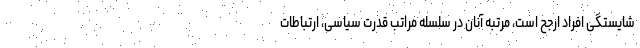
شایستگی افراد ارجح است، مرتبه آنان در سلسله مراتب قدرت سیاسی، ارتباطات